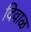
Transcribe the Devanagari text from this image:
दिवाळ